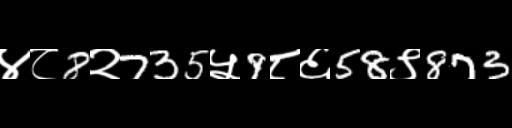
Text: ४८8२735५9८६58९873